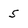
Character: 5